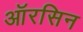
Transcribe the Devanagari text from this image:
ऑरसिन